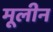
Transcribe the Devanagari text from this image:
मूलीन